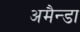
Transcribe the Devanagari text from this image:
अमैन्डा